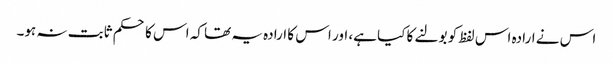
اس نے ارادہ اس لفظ کو بولنے کا کیا ہے، اور اس کا ارادہ یہ تھا کہ اس کا حکم ثابت نہ ہو۔